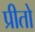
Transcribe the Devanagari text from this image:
प्रीतो